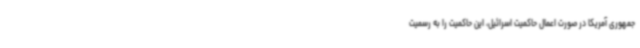
جمهوری آمریکا در صورت اعمال حاکمیت اسرائیل، این حاکمیت را به رسمیت